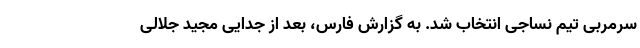
سرمربی تیم نساجی انتخاب شد. به گزارش فارس، بعد از جدایی مجید جلالی